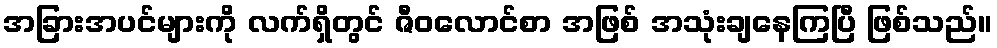
အခြားအပင်များကို လက်ရှိတွင် ဇီဝလောင်စာ အဖြစ် အသုံးချနေကြပြီ ဖြစ်သည်။